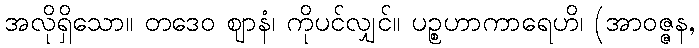
အလိုရှိသော။ တဒေဝ ဈာနံ၊ ကိုပင်လျှင်။ ပဉ္စဟာကာရေဟိ၊ (အာဝဇ္ဇန,